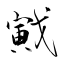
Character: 戭